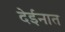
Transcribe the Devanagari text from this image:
देईनात